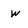
Character: w